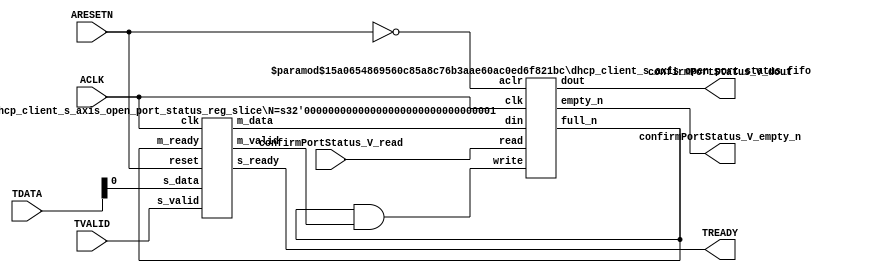
// This program was cloned from: https://github.com/mustafabbas/ECE1373_2016_hft_on_fpga
// License: MIT License

// ==============================================================
// File generated by Vivado(TM) HLS - High-Level Synthesis from C, C++ and SystemC
// Version: 2015.1
// Copyright (C) 2015 Xilinx Inc. All rights reserved.
// 
// ==============================================================


`timescale 1ns/1ps

module dhcp_client_s_axis_open_port_status_if (
    // AXI4-Stream singals
    input  wire       ACLK,
    input  wire       ARESETN,
    input  wire       TVALID,
    output wire       TREADY,
    input  wire [7:0] TDATA,
    // User signals
    output wire [0:0] confirmPortStatus_V_dout,
    output wire       confirmPortStatus_V_empty_n,
    input  wire       confirmPortStatus_V_read
);
//------------------------Local signal-------------------
// FIFO
wire [0:0] fifo_write;
wire [0:0] fifo_full_n;
wire [0:0] confirmPortStatus_V_din;
wire [0:0] confirmPortStatus_V_full_n;
// register slice
wire [0:0] s_valid;
wire [0:0] s_ready;
wire [0:0] s_data;
wire [0:0] m_valid;
wire [0:0] m_ready;
wire [0:0] m_data;

//------------------------Instantiation------------------
// rs
dhcp_client_s_axis_open_port_status_reg_slice #(
    .N       ( 1 )
) rs (
    .clk     ( ACLK ),
    .reset   ( ARESETN ),
    .s_data  ( s_data ),
    .s_valid ( s_valid ),
    .s_ready ( s_ready ),
    .m_data  ( m_data ),
    .m_valid ( m_valid ),
    .m_ready ( m_ready )
);

// confirmPortStatus_V_fifo
dhcp_client_s_axis_open_port_status_fifo #(
    .DATA_BITS  ( 1 ),
    .DEPTH_BITS ( 4 )
) confirmPortStatus_V_fifo (
    .clk        ( ACLK ),
    .aclr       ( ~ARESETN ),
    .empty_n    ( confirmPortStatus_V_empty_n ),
    .full_n     ( confirmPortStatus_V_full_n ),
    .read       ( confirmPortStatus_V_read ),
    .write      ( fifo_write ),
    .dout       ( confirmPortStatus_V_dout ),
    .din        ( confirmPortStatus_V_din )
);

//------------------------Body---------------------------
//++++++++++++++++++++++++AXI4-Stream++++++++++++++++++++
assign TREADY = s_ready;

//+++++++++++++++++++++++++++++++++++++++++++++++++++++++

//++++++++++++++++++++++++Reigister Slice++++++++++++++++
assign s_valid = TVALID;
assign m_ready = fifo_full_n;
assign s_data  = {TDATA[0:0]};

//+++++++++++++++++++++++++++++++++++++++++++++++++++++++

//++++++++++++++++++++++++FIFO+++++++++++++++++++++++++++
assign fifo_write              = fifo_full_n & m_valid;
assign confirmPortStatus_V_din = m_data[0:0];
assign fifo_full_n             = confirmPortStatus_V_full_n;

//+++++++++++++++++++++++++++++++++++++++++++++++++++++++

endmodule



`timescale 1ns/1ps

module dhcp_client_s_axis_open_port_status_fifo
#(parameter
    DATA_BITS  = 8,
    DEPTH_BITS = 4
)(
    input  wire                 clk,
    input  wire                 aclr,
    output wire                 empty_n,
    output wire                 full_n,
    input  wire                 read,
    input  wire                 write,
    output wire [DATA_BITS-1:0] dout,
    input  wire [DATA_BITS-1:0] din
);
//------------------------Parameter----------------------
localparam
    DEPTH = 1 << DEPTH_BITS;
//------------------------Local signal-------------------
reg                   empty;
reg                   full;
reg  [DEPTH_BITS-1:0] index;
reg  [DATA_BITS-1:0]  mem[0:DEPTH-1];
//------------------------Body---------------------------
assign empty_n = ~empty;
assign full_n  = ~full;
assign dout    = mem[index];

// empty
always @(posedge clk or posedge aclr) begin
    if (aclr)
        empty <= 1'b1;
    else if (empty & write & ~read)
        empty <= 1'b0;
    else if (~empty & ~write & read & (index==1'b0))
        empty <= 1'b1;
end

// full
always @(posedge clk or posedge aclr) begin
    if (aclr)
        full <= 1'b0;
    else if (full & read & ~write)
        full <= 1'b0;
    else if (~full & ~read & write & (index==DEPTH-2'd2))
        full <= 1'b1;
end

// index
always @(posedge clk or posedge aclr) begin
    if (aclr)
        index <= {DEPTH_BITS{1'b1}};
    else if (~empty & ~write & read)
        index <= index - 1'b1;
    else if (~full & ~read & write)
        index <= index + 1'b1;
end

// mem
always @(posedge clk) begin
    if (~full & write) mem[0] <= din;
end

genvar i;
generate
    for (i = 1; i < DEPTH; i = i + 1) begin : gen_sr
        always @(posedge clk) begin
            if (~full & write) mem[i] <= mem[i-1];
        end
    end
endgenerate

endmodule

`timescale 1ns/1ps

module dhcp_client_s_axis_open_port_status_reg_slice
#(parameter
    N = 8   // data width
) (
    // system signals
    input  wire         clk,
    input  wire         reset,
    // slave side
    input  wire [N-1:0] s_data,
    input  wire         s_valid,
    output wire         s_ready,
    // master side
    output wire [N-1:0] m_data,
    output wire         m_valid,
    input  wire         m_ready
);
//------------------------Parameter----------------------
// state
localparam [1:0]
    ZERO = 2'b10,
    ONE  = 2'b11,
    TWO  = 2'b01;
//------------------------Local signal-------------------
reg  [N-1:0] data_p1;
reg  [N-1:0] data_p2;
wire         load_p1;
wire         load_p2;
wire         load_p1_from_p2;
reg          s_ready_t;
reg  [1:0]   state;
reg  [1:0]   next;
//------------------------Body---------------------------
assign s_ready = s_ready_t;
assign m_data  = data_p1;
assign m_valid = state[0];

assign load_p1 = (state == ZERO && s_valid) ||
                 (state == ONE && s_valid && m_ready) ||
                 (state == TWO && m_ready);
assign load_p2 = s_valid & s_ready;
assign load_p1_from_p2 = (state == TWO);

// data_p1
always @(posedge clk) begin
    if (load_p1) begin
        if (load_p1_from_p2)
            data_p1 <= data_p2;
        else
            data_p1 <= s_data;
    end
end

// data_p2
always @(posedge clk) begin
    if (load_p2) data_p2 <= s_data;
end

// s_ready_t
always @(posedge clk) begin
    if (~reset)
        s_ready_t <= 1'b0;
    else if (state == ZERO)
        s_ready_t <= 1'b1;
    else if (state == ONE && next == TWO)
        s_ready_t <= 1'b0;
    else if (state == TWO && next == ONE)
        s_ready_t <= 1'b1;
end

// state
always @(posedge clk) begin
    if (~reset)
        state <= ZERO;
    else
        state <= next;
end

// next
always @(*) begin
    case (state)
        ZERO:
            if (s_valid & s_ready)
                next = ONE;
            else
                next = ZERO;
        ONE:
            if (~s_valid & m_ready)
                next = ZERO;
            else if (s_valid & ~m_ready)
                next = TWO;
            else
                next = ONE;
        TWO:
            if (m_ready)
                next = ONE;
            else
                next = TWO;
        default:
            next = ZERO;
    endcase
end

endmodule